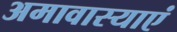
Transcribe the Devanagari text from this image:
अमावास्याएं